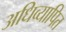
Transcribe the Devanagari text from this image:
अधिव्यापित